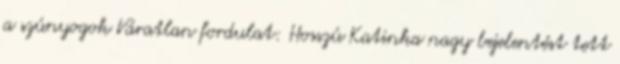
a szúnyogok Váratlan fordulat: Hosszú Katinka nagy bejelentést tett